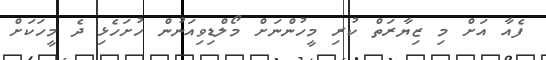
ފެއާ އަށް މި ޒިޔާރަތް ކުރި މީހުންނަށް މޯލްޑިވިއަނުން ހުށަހެޅި ދެ މީހަކަށް